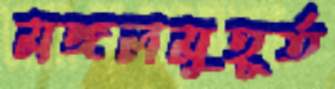
মঙ্গলমুহূর্ত